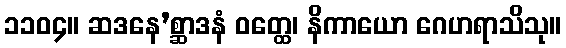
၁၁၀၄။ ဆဒနေ’စ္ဆာဒနံ ဝတ္ထေ၊ နိကာယော ဂေဟရာသိသု။